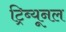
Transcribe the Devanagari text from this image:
ट्रिब्‍यूनल